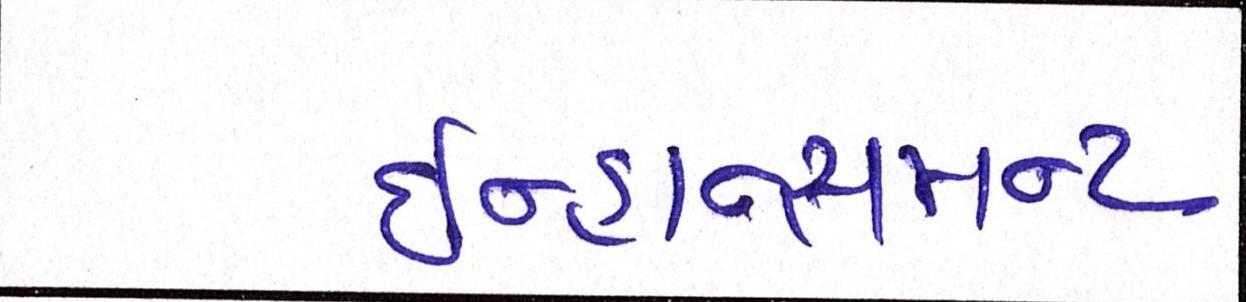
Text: ઇન્હાન્સમન્ટ